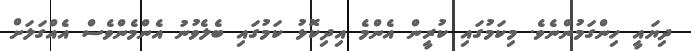
ދިޔައީ ހިންގަމުންނެވެ. މިކަމުގައި ކުރީން އެންމެ އިދިކޮޅު ކަމުގައި ބެލެވުނު އެންމެންވެސް އެއްގަލަށް